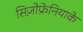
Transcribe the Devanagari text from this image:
सिज़ोफ्रेनियाके